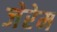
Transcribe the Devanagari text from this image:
जेरेम